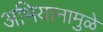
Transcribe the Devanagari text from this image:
अभियानामुळे